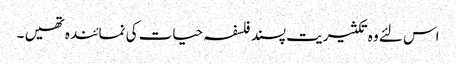
اس لئے وہ تکثیریت پسند فلسفہ حیات کی نمائندہ تھیں ۔